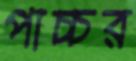
পাচ্চর